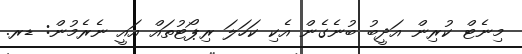
މިނެޓް ކުރިން އަދީބު ބުނެގެން އެކި ކަހަލަ ރިޕޯޓުތައް އައީ ނެރެމުން: ޑރ.